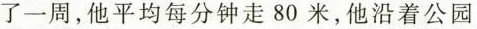
了一周，他平均每分钟走80米，他沿着公园